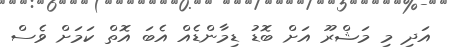
އަދި މި މަޝްރޫ އަށް ބޮޑު ޑިމާންޑެއް އެބަ އޮތް ކަމަށް ވެސް